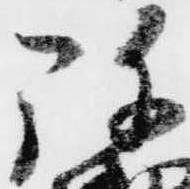
弥